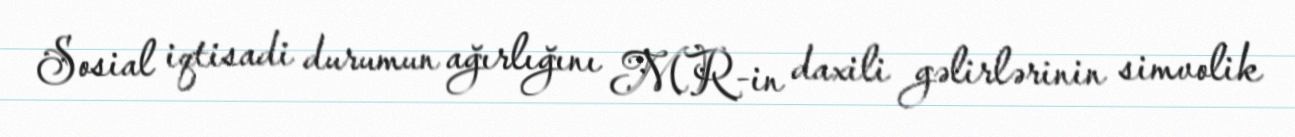
Sosial iqtisadi durumun ağırlığını MR-in daxili gəlirlərinin simvolik